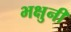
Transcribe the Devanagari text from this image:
भक्षुनी